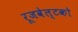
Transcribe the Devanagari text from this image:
रूजवेल्टको